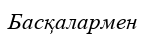
Басқалармен